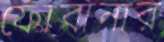
ফোবানার